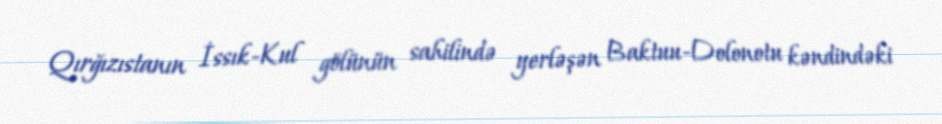
Qırğızıstanın İssık-Kul gölünün sahilində yerləşən Baktuu-Dolonotu kəndindəki